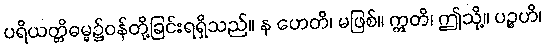
ပရိယတ္တိဓမ္မ၌ဝန်တို့ခြင်းရရှိသည်။ န ဟေတိ၊ မဖြစ်။ ဣတိ၊ ဤသို့။ ပဉ္စဟိ၊